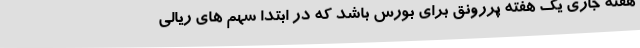
هفته جاری یک هفته پررونق برای بورس باشد که در ابتدا سهم های ریالی